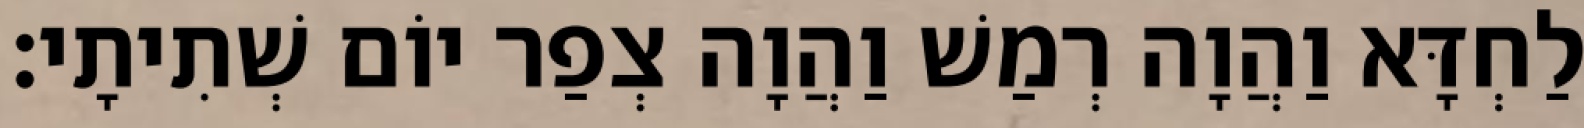
לַחְדָּא וַהֲוָה רְמַשׁ וַהֲוָה צְפַר יוֹם שְׁתִיתָי׃